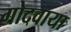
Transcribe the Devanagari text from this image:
गोदवाया